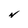
Character: N